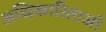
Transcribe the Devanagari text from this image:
अधिकारिताओं